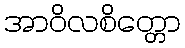
အာဝိလစိတ္တော